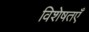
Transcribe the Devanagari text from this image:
विशेषतएँ